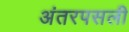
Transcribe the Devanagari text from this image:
अंतरपसली